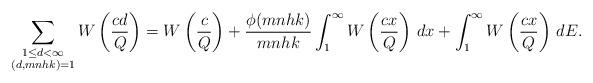
LaTeX: \begin{align*}\sum_{\substack{1\le d < \infty\\ (d,mnhk)=1}}W\left( \frac{cd}{Q}\right) = W\left(\frac{c}{Q}\right) +\frac{\phi(mnhk)}{mnhk}\int_{1}^{\infty}W\left( \frac{cx}{Q}\right)\,dx + \int_{1}^{\infty}W\left(\frac{cx}{Q}\right)\,dE.\end{align*}